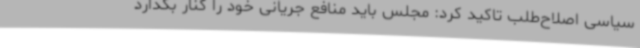
سیاسی اصلاح‌طلب تاکید کرد: مجلس باید منافع جریانی خود را کنار بگذارد